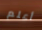
أعلم